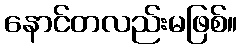
နောင်တလည်းမဖြစ်။